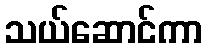
သယ်ဆောင်ကာ